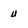
Character: u